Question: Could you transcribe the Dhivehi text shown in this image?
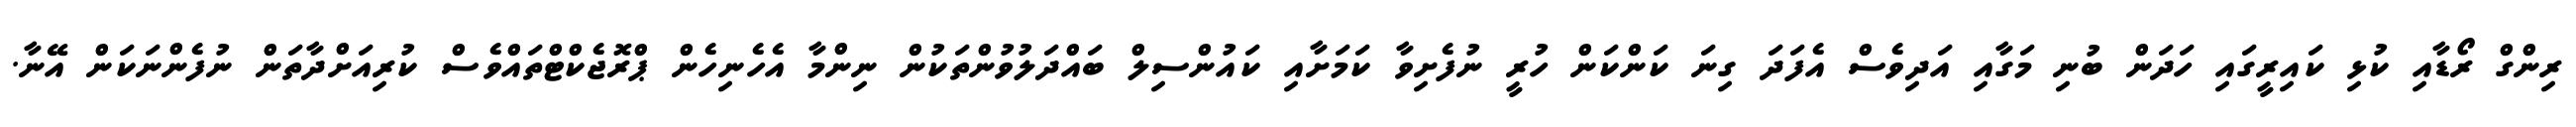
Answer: ރިންގް ރޯޑާއި ކުޅި ކައިރީގައި ހަދަން ބުނި މަގާއި އަދިވެސް އެފަދަ ގިނަ ކަންކަން ހުރީ ނުފެށިވާ ކަމަށާއި ކައުންސިލް ބައްދަލުވުންތަކުން ނިންމާ އެހެނިހެން ޕްރޮޖެކްޓްތައްވެސް ކުރިއަށްދާތަން ނުފެންނަކަން އޭނާ.